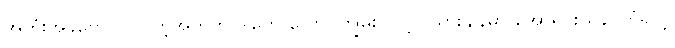
အတုံးအခဲတွေ ပါဝင်တဲ့အတွက် ဒါတွေ လောင်ကျွမ်း လွင့်ပါသွားချိန်မှာ အော်ရိုင်းယန် ကြုံရတဲ့